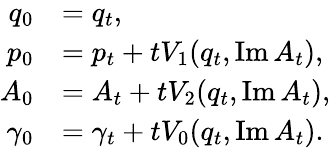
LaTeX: \begin{array}{rl}{q_{0}}&{=q_{t},}\\ {p_{0}}&{=p_{t}+tV_{1}(q_{t},\operatorname{Im}A_{t}),}\\ {A_{0}}&{=A_{t}+tV_{2}(q_{t},\operatorname{Im}A_{t}),}\\ {\gamma_{0}}&{=\gamma_{t}+tV_{0}(q_{t},\operatorname{Im}A_{t}).}\end{array}